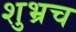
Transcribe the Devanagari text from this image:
शुभ्रच